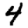
Digit: 4